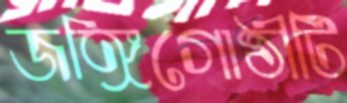
জঙ্গিগোষ্ঠীটি